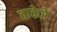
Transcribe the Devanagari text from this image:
ताकेरे